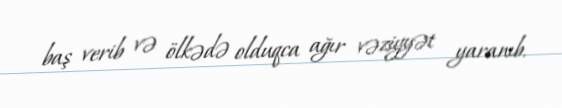
baş verib və ölkədə olduqca ağır vəziyyət yaranıb.